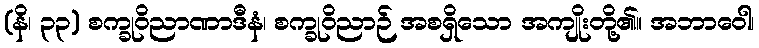
(နိ၊ ၃၃) စက္ခုဝိညာဏာဒီနံ၊ စက္ခုဝိညာဉ် အစရှိသော အကျိုးတို့၏။ အဘာဝေါ၊